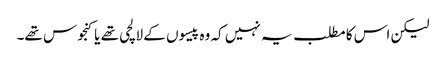
لیکن اس کا مطلب یہ نہیں کہ وہ پیسوں کے لالچی تھے یا کنجوس تھے۔